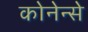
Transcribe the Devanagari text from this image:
कोनेन्से